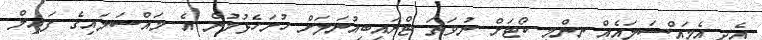
އެދި އެމައްސަލައެއް ނިންމި ކޯޓަށް ނުވަތަ ޓްރައިބިއުނަލަށް ހުށަހެޅުމުން އެ މައްސަލައިގެ ފައިލް